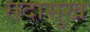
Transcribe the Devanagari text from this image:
सदासुख